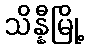
သိန္နီမြို့